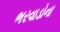
ભરવાડોના